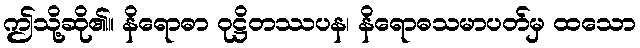
ဤသို့ဆို၏။ နိရောဓာ ဝုဋ္ဌိတဿပန၊ နိရောဓသမာပတ်မှ ထသော